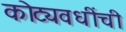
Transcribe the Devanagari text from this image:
कोट्यवधींची